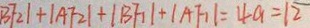
B F _ { 2 } \vert + \vert A F _ { 2 } \vert + \vert B F _ { 1 } \vert + \vert A F _ { 1 } \vert = 4 a = 1 2